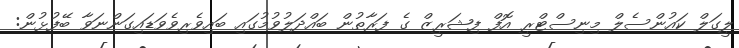
ލީގަލް ކައުންސެލް މިނިސްޓްރީ އޮފް ފިޝަރީޒް ގެ ފަރާތުން ބައްދަލުވުމުގައި ބައިވެރިވެވަޑައިގަންނަވާ ބޭފުޅުން: